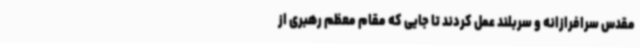
مقدس سرافرازانه و سربلند عمل کردند تا جایی که مقام معظم رهبری از